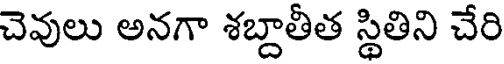
చెవులు అనగా శబ్దాతీత స్థితిని చేరి